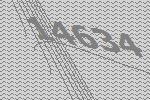
14634